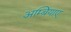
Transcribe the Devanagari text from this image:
अम्बियाए